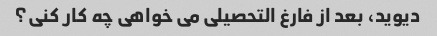
دیوید، بعد از فارغ التحصیلی می خواهی چه کار کنی؟